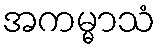
အကမ္မာသံ